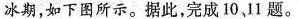
冰期，如下图所示。据此，完成10、11题。